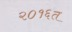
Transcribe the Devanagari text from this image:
२०१६त